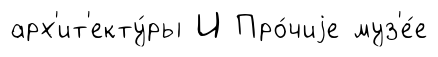
арх'ит'екту́ры И Про́чиjе муз'е́е